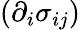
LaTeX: (\partial_{i}\sigma_{ij})